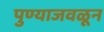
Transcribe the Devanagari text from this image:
पुण्याजवळून